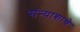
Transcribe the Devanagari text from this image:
संन्याशाचे